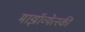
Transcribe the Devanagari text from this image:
माझॉव्येत्स्की